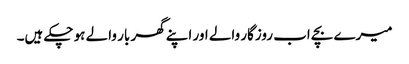
میرے بچے اب روزگار والے اور اپنے گھر بار والے ہو چکے ہیں۔